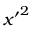
{ x ^ { \prime } } ^ { 2 }